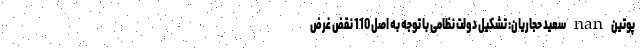
پوتین nan سعید حجاریان: تشکیل دولت نظامی با توجه به اصل 110 نقض غرض